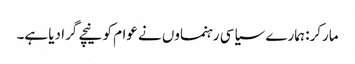
مارکر: ہمارے سیاسی رہنماوں نے عوام کو نیچے گرا دیا ہے۔